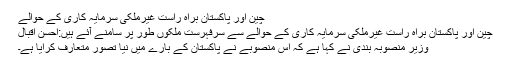
چین اور پاکستان براہ راست غیرملکی سرمایہ کاری کے حوالے
چین اور پاکستان براہ راست غیرملکی سرمایہ کاری کے حوالے سے سرفہرست ملکوں طور پر سامنے آئے ہیں:احسن اقبال
وزیر منصوبہ بندی نے کہا ہے کہ اس منصوبے نے پاکستان کے بارے میں نیا تصور متعارف کرایا ہے۔